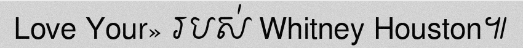
Love Your» របស់ Whitney Houston៕